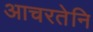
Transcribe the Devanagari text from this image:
आचरतेनि